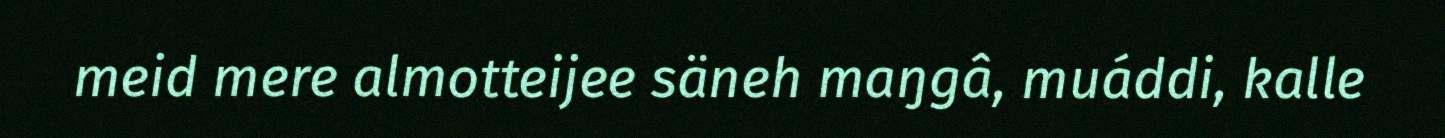
meid mere almotteijee säneh maŋgâ, muáddi, kalle